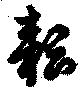
耘